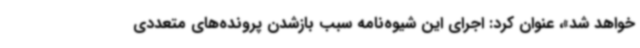
خواهد شد»، عنوان کرد: اجرای این شیوه‌نامه سبب بازشدن پرونده‌های متعددی